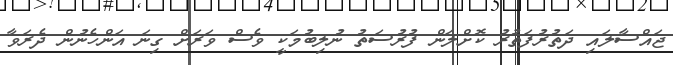
ޖައްސާލައި ދަތުރުފަތުރު ކޮށްލަން ފުރުސަތު ނުލިބުމަކީ ވެސް ވަރަށް ގިނަ އަންހެނުން ދެރަވާ